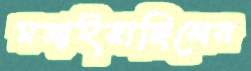
মজাইয়াছিলেন